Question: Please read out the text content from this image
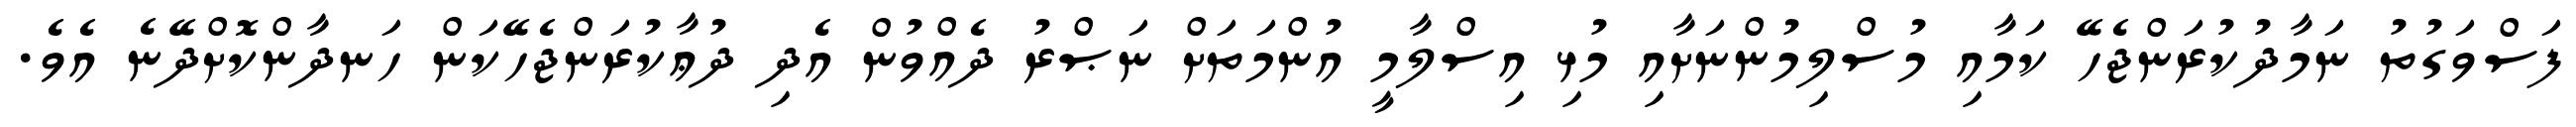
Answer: ފަސްވަގުތު ނަމާދުކުރަންޖެހޭ ކަމާއި މުސްލިމުންނަށާއި މުޅި އިސްލާމީ އުންމަތަށް ނަޞްރު ދެއްވުން އެދި ދުޢާކުރަންޖެހޭކަން ހަނދާންކޮށްދޭނެ އެވެ.